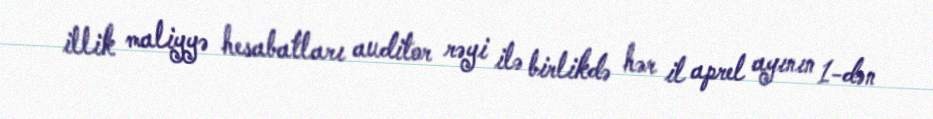
illik maliyyə hesabatları auditor rəyi ilə birlikdə hər il aprel ayının 1-dən